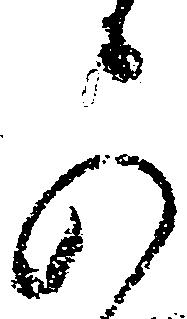
可